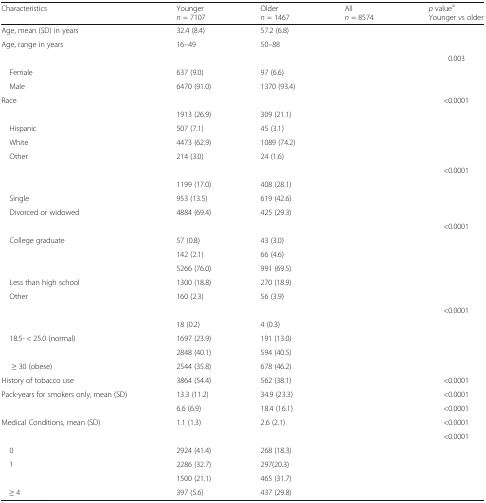
<table><thead><tr><td><b>Characteristics</b></td><td><b>Younger<i>n</i> = 7107</b></td><td><b>Older<i>n</i> = 1467</b></td><td><b>All<i>n</i> = 8574</b></td><td><b><i>p</i> value<sup>a</sup>Younger vs older</b></td></tr></thead><tbody><tr><td>Age, mean (SD) in years</td><td>32.4 (8.4)</td><td>57.2 (6.8)</td><td>[EMPTY_CELL]</td><td>[EMPTY_CELL]</td></tr><tr><td>Age, range in years</td><td>16–49</td><td>50–88</td><td>[EMPTY_CELL]</td><td>[EMPTY_CELL]</td></tr><tr><td>[EMPTY_CELL]</td><td>[EMPTY_CELL]</td><td>[EMPTY_CELL]</td><td>[EMPTY_CELL]</td><td>0.003</td></tr><tr><td> Female</td><td>637 (9.0)</td><td>97 (6.6)</td><td>[EMPTY_CELL]</td><td>[EMPTY_CELL]</td></tr><tr><td> Male</td><td>6470 (91.0)</td><td>1370 (93.4)</td><td>[EMPTY_CELL]</td><td>[EMPTY_CELL]</td></tr><tr><td>Race</td><td>[EMPTY_CELL]</td><td>[EMPTY_CELL]</td><td>[EMPTY_CELL]</td><td>&lt;0.0001</td></tr><tr><td>[EMPTY_CELL]</td><td>1913 (26.9)</td><td>309 (21.1)</td><td>[EMPTY_CELL]</td><td>[EMPTY_CELL]</td></tr><tr><td> Hispanic</td><td>507 (7.1)</td><td>45 (3.1)</td><td>[EMPTY_CELL]</td><td>[EMPTY_CELL]</td></tr><tr><td> White</td><td>4473 (62.9)</td><td>1089 (74.2)</td><td>[EMPTY_CELL]</td><td>[EMPTY_CELL]</td></tr><tr><td> Other</td><td>214 (3.0)</td><td>24 (1.6)</td><td>[EMPTY_CELL]</td><td>[EMPTY_CELL]</td></tr><tr><td>[EMPTY_CELL]</td><td>[EMPTY_CELL]</td><td>[EMPTY_CELL]</td><td>[EMPTY_CELL]</td><td>&lt;0.0001</td></tr><tr><td>[EMPTY_CELL]</td><td>1199 (17.0)</td><td>408 (28.1)</td><td>[EMPTY_CELL]</td><td>[EMPTY_CELL]</td></tr><tr><td> Single</td><td>953 (13.5)</td><td>619 (42.6)</td><td>[EMPTY_CELL]</td><td>[EMPTY_CELL]</td></tr><tr><td> Divorced or widowed</td><td>4884 (69.4)</td><td>425 (29.3)</td><td>[EMPTY_CELL]</td><td>[EMPTY_CELL]</td></tr><tr><td>[EMPTY_CELL]</td><td>[EMPTY_CELL]</td><td>[EMPTY_CELL]</td><td>[EMPTY_CELL]</td><td>&lt;0.0001</td></tr><tr><td> College graduate</td><td>57 (0.8)</td><td>43 (3.0)</td><td>[EMPTY_CELL]</td><td>[EMPTY_CELL]</td></tr><tr><td>[EMPTY_CELL]</td><td>142 (2.1)</td><td>66 (4.6)</td><td>[EMPTY_CELL]</td><td>[EMPTY_CELL]</td></tr><tr><td>[EMPTY_CELL]</td><td>5266 (76.0)</td><td>991 (69.5)</td><td>[EMPTY_CELL]</td><td>[EMPTY_CELL]</td></tr><tr><td> Less than high school</td><td>1300 (18.8)</td><td>270 (18.9)</td><td>[EMPTY_CELL]</td><td>[EMPTY_CELL]</td></tr><tr><td> Other</td><td>160 (2.3)</td><td>56 (3.9)</td><td>[EMPTY_CELL]</td><td>[EMPTY_CELL]</td></tr><tr><td>[EMPTY_CELL]</td><td>[EMPTY_CELL]</td><td>[EMPTY_CELL]</td><td>[EMPTY_CELL]</td><td>&lt;0.0001</td></tr><tr><td>[EMPTY_CELL]</td><td>18 (0.2)</td><td>4 (0.3)</td><td>[EMPTY_CELL]</td><td>[EMPTY_CELL]</td></tr><tr><td> 18.5- &lt; 25.0 (normal)</td><td>1697 (23.9)</td><td>191 (13.0)</td><td>[EMPTY_CELL]</td><td>[EMPTY_CELL]</td></tr><tr><td>[EMPTY_CELL]</td><td>2848 (40.1)</td><td>594 (40.5)</td><td>[EMPTY_CELL]</td><td>[EMPTY_CELL]</td></tr><tr><td>≥ 30 (obese)</td><td>2544 (35.8)</td><td>678 (46.2)</td><td>[EMPTY_CELL]</td><td>[EMPTY_CELL]</td></tr><tr><td>History of tobacco use</td><td>3864 (54.4)</td><td>562 (38.1)</td><td>[EMPTY_CELL]</td><td>&lt;0.0001</td></tr><tr><td>Pack-years for smokers only, mean (SD)</td><td>13.3 (11.2)</td><td>34.9 (23.3)</td><td>[EMPTY_CELL]</td><td>&lt;0.0001</td></tr><tr><td>[EMPTY_CELL]</td><td>6.6 (6.9)</td><td>18.4 (16.1)</td><td>[EMPTY_CELL]</td><td>&lt;0.0001</td></tr><tr><td>Medical Conditions, mean (SD)</td><td>1.1 (1.3)</td><td>2.6 (2.1)</td><td>[EMPTY_CELL]</td><td>&lt;0.0001</td></tr><tr><td>[EMPTY_CELL]</td><td>[EMPTY_CELL]</td><td>[EMPTY_CELL]</td><td>[EMPTY_CELL]</td><td>&lt;0.0001</td></tr><tr><td> 0</td><td>2924 (41.4)</td><td>268 (18.3)</td><td>[EMPTY_CELL]</td><td>[EMPTY_CELL]</td></tr><tr><td> 1</td><td>2286 (32.7)</td><td>297(20.3)</td><td>[EMPTY_CELL]</td><td>[EMPTY_CELL]</td></tr><tr><td>[EMPTY_CELL]</td><td>1500 (21.1)</td><td>465 (31.7)</td><td>[EMPTY_CELL]</td><td>[EMPTY_CELL]</td></tr><tr><td> ≥ 4</td><td>397 (5.6)</td><td>437 (29.8)</td><td>[EMPTY_CELL]</td><td>[EMPTY_CELL]</td></tr></tbody></table>